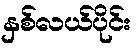
နှစ်လယ်ပိုင်း